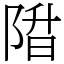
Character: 陹